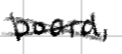
Text: board,
Cross-out: cross
Writing tool: digital_black